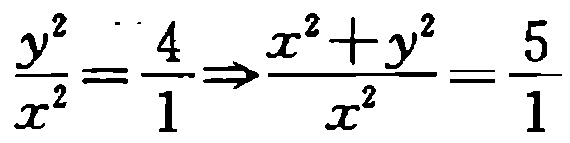
$\frac{y^{2}}{x^{2}}=\frac{4}{1}\Rightarrow\frac{x^{2}+y^{2}}{x^{2}}=\frac{5}{1}$